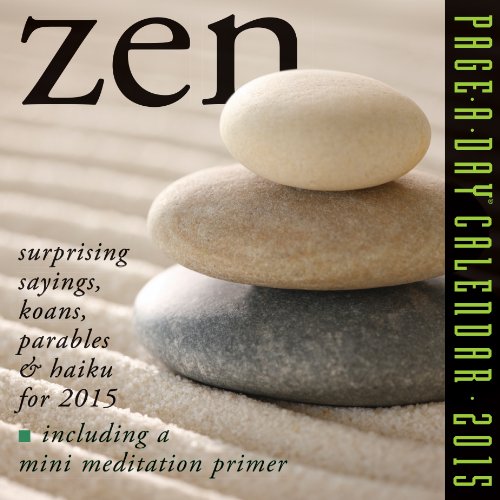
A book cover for Zen 2015 Page-A-Day Calendar; David Schiller; Calendars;